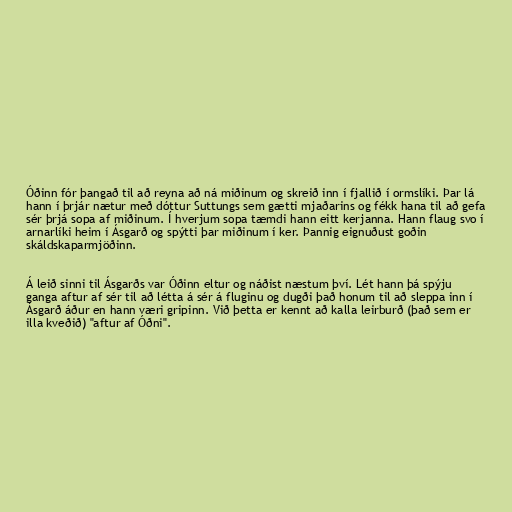
Óðinn fór þangað til að reyna að ná miðinum og skreið inn í fjallið í ormslíki. Þar lá
hann í þrjár nætur með dóttur Suttungs sem gætti mjaðarins og fékk hana til að gefa
sér þrjá sopa af miðinum. Í hverjum sopa tæmdi hann eitt kerjanna. Hann flaug svo í
arnarlíki heim í Ásgarð og spýtti þar miðinum í ker. Þannig eignuðust goðin
skáldskaparmjöðinn.

Á leið sinni til Ásgarðs var Óðinn eltur og náðist næstum því. Lét hann þá spýju
ganga aftur af sér til að létta á sér á fluginu og dugði það honum til að sleppa inn í
Ásgarð áður en hann væri gripinn. Við þetta er kennt að kalla leirburð (það sem er
illa kveðið) "aftur af Óðni".